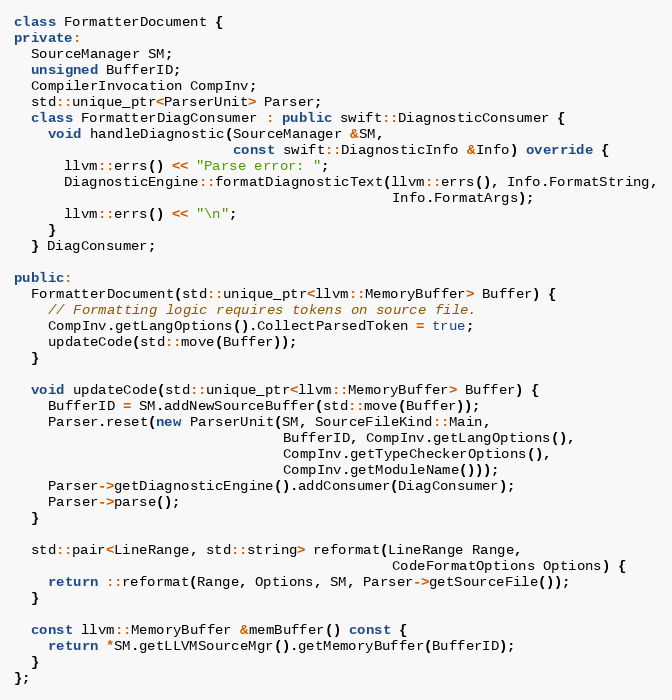
Language: C++
class FormatterDocument {
private:
  SourceManager SM;
  unsigned BufferID;
  CompilerInvocation CompInv;
  std::unique_ptr<ParserUnit> Parser;
  class FormatterDiagConsumer : public swift::DiagnosticConsumer {
    void handleDiagnostic(SourceManager &SM,
                          const swift::DiagnosticInfo &Info) override {
      llvm::errs() << "Parse error: ";
      DiagnosticEngine::formatDiagnosticText(llvm::errs(), Info.FormatString,
                                             Info.FormatArgs);
      llvm::errs() << "\n";
    }
  } DiagConsumer;

public:
  FormatterDocument(std::unique_ptr<llvm::MemoryBuffer> Buffer) {
    // Formatting logic requires tokens on source file.
    CompInv.getLangOptions().CollectParsedToken = true;
    updateCode(std::move(Buffer));
  }

  void updateCode(std::unique_ptr<llvm::MemoryBuffer> Buffer) {
    BufferID = SM.addNewSourceBuffer(std::move(Buffer));
    Parser.reset(new ParserUnit(SM, SourceFileKind::Main,
                                BufferID, CompInv.getLangOptions(),
                                CompInv.getTypeCheckerOptions(),
                                CompInv.getModuleName()));
    Parser->getDiagnosticEngine().addConsumer(DiagConsumer);
    Parser->parse();
  }

  std::pair<LineRange, std::string> reformat(LineRange Range,
                                             CodeFormatOptions Options) {
    return ::reformat(Range, Options, SM, Parser->getSourceFile());
  }

  const llvm::MemoryBuffer &memBuffer() const {
    return *SM.getLLVMSourceMgr().getMemoryBuffer(BufferID);
  }
};